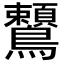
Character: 𪈈